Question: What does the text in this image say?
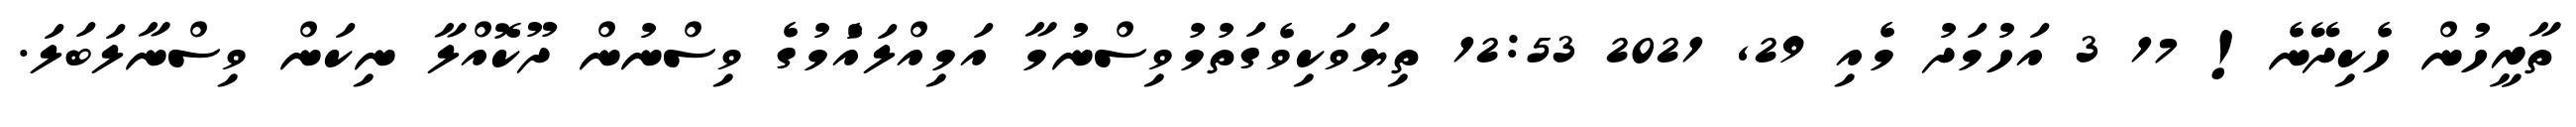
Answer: ތާރީހުން ހެކިދޭނެ! 17 3 އަހުމަދު މެއި 29, 2021 12:53 ތިޔަވަކިވެގަތުމުވިސްނުމާ އަމިއްލައެުމުގެ ވިސްނުން ދޫކޮއްލާ ނިކަން ވިސްނާލަބަލަ.